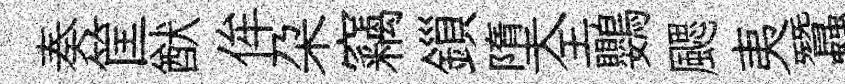
奏筐猷侔朶竊鎻墮全鸚颸夷蠶